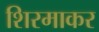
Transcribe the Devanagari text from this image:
शिरमाकर